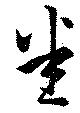
悉